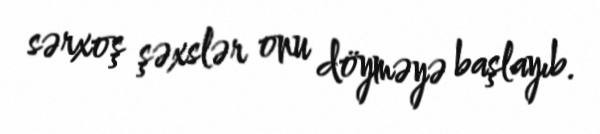
sərxoş şəxslər onu döyməyə başlayıb.